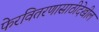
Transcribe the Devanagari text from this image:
फेरवितरणासाठीदेखील